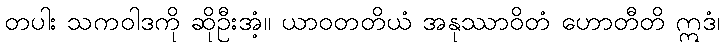
တပါး သကဝါဒကို ဆိုဦးအံ့။ ယာဝတတိယံ အနုဿာဝိတံ ဟောတီတိ ဣဒံ၊